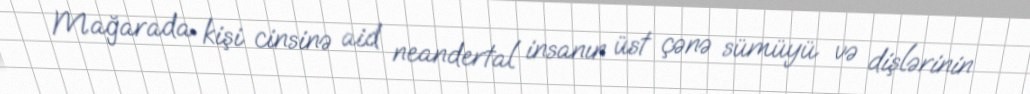
Mağarada kişi cinsinə aid neandertal insanın üst çənə sümüyü və dişlərinin